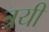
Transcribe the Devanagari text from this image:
त्रयीं